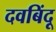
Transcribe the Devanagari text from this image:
दवबिंदू